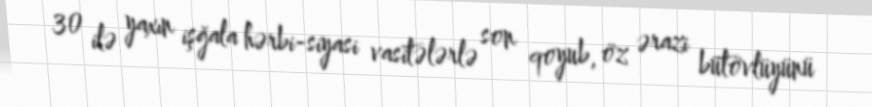
30 ilə yaxın işğala hərbi-siyasi vasitələrlə son qoyub, öz ərazi bütövlüyünü